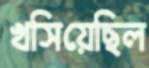
খসিয়েছিল